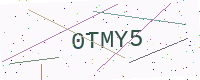
Text: 0TMY5